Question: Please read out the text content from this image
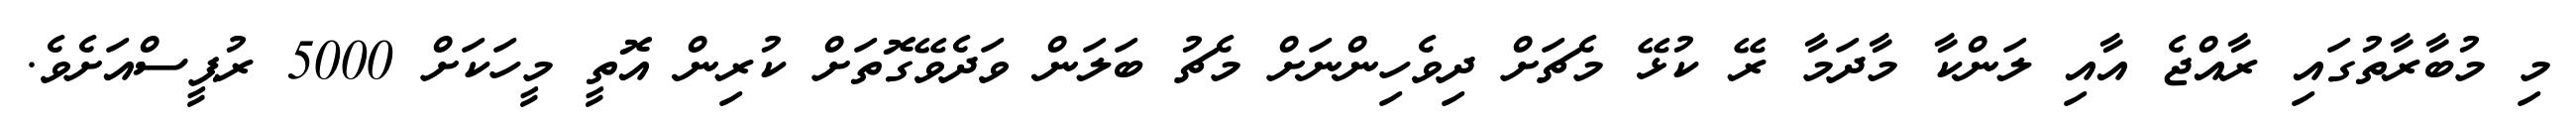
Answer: މި މުބާރާތުގައި ރާއްޖެ އާއި ލަންކާ މާދަމާ ރޭ ކުޅޭ މެޗަށް ދިވެހިންނަށް މެޗު ބަލަން ވަދެވޭގޮތަށް ކުރިން އޮތީ މީހަކަށް 5000 ރުޕީސްއަށެވެ.